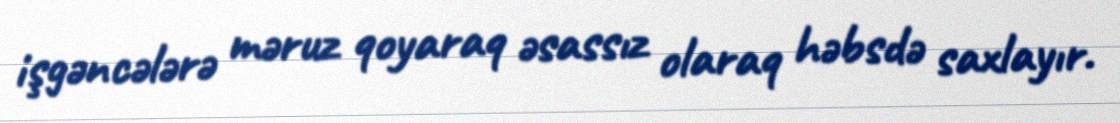
işgəncələrə məruz qoyaraq əsassız olaraq həbsdə saxlayır.